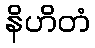
နိဟိတံ